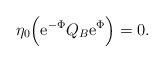
LaTeX: \begin{align*}\eta_0 \Bigl( {\rm e}^{-\Phi} Q_B {\rm e}^{\Phi}\Bigr)=0.\end{align*}